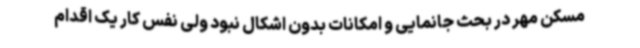
مسکن مهر در بحث جانمایی و امکانات بدون اشکال نبود ولی نفس کار یک اقدام